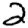
Digit: 2